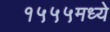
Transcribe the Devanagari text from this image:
१५५५मध्ये